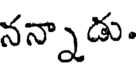
నన్నాడు.